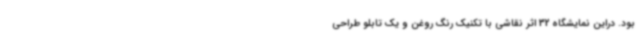
بود. دراین نمایشگاه 32 اثر نقاشی با تکنیک رنگ روغن و یک تابلو طراحی